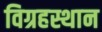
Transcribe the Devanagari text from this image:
विग्रहस्थान